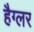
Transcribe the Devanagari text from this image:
हैग्लर